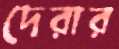
দেরার